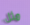
مثل